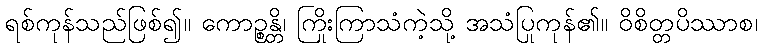
ရစ်ကုန်သည်ဖြစ်၍။ ကောဉ္စန္တိ၊ ကြိုးကြာသံကဲ့သို့ အသံပြုကုန်၏။ ဝိစိတ္တပိဿာစ၊